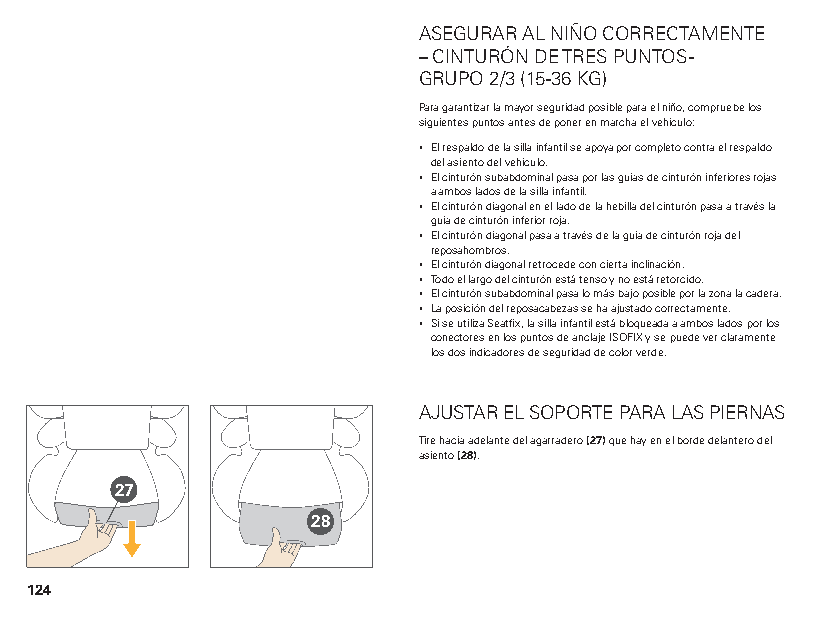
ASEGURAR AL NIÑO CORRECTAMENTE
 – CINTURÓN DE TRES PUNTOS -
 GRUPO 2/3 (15-36 KG)
 Para garantizar la mayor seguridad posible para el niño, compruebe los
 siguientes puntos antes de poner en marcha el vehículo:
 ▪ El respaldo de la silla infantil se apoya por completo contra el respaldo
 del asiento del vehículo.
 ▪ El cinturón subabdominal pasa por las guías de cinturón inferiores rojas
 a ambos lados de la silla infantil.
 ▪ El cinturón diagonal en el lado de la hebilla del cinturón pasa a través la
 guía de cinturón inferior roja.
 ▪ El cinturón diagonal pasa a través de la guía de cinturón roja del
 reposahombros.
 ▪ El cinturón diagonal retrocede con cierta inclinación.
 ▪ Todo el largo del cinturón está tenso y no está retorcido.
 ▪ El cinturón subabdominal pasa lo más bajo posible por la zona la cadera.
 ▪ La posición del reposacabezas se ha ajustado correctamente.
 ▪ Si se utiliza Seatfix, la silla infantil está bloqueada a ambos lados por los
 conectores en los puntos de anclaje ISOFIX y se puede ver claramente
 los dos indicadores de seguridad de color verde.
 AJUSTAR EL SOPORTE PARA LAS PIERNAS
 Tire hacia adelante del agarradero (27) que hay en el borde delantero del
 asiento (28).
 27
 28
 124